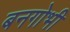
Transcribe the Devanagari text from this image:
बनगोभी